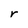
Character: r